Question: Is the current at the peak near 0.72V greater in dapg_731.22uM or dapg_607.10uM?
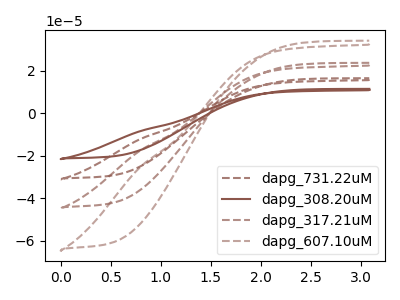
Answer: <think>The brown dashed curve "dapg_731.22uM" has no peaks. The brown curve "dapg_308.20uM" has no peaks. The brown dashed curve "dapg_317.21uM" has no peaks. The brown dashed curve "dapg_607.10uM" has no peaks.</think>
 <answer>"dapg_731.22uM" and "dapg_607.10uM" dont share a peak at 0.72V.</answer>
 <eval>mismatch</eval>